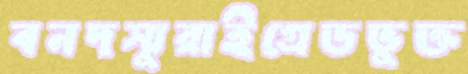
বনদস্যুরাইগ্রেডভুক্ত